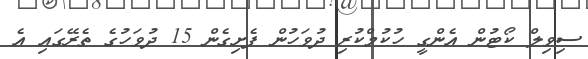
ސިވިލް ކޯޓުން އެންގީ ހުކުމްކުރި ދުވަހުން ފެށިގެން 15 ދުވަހުގެ ތެރޭގައި އެ